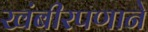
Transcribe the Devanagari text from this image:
खंबीरपणाने